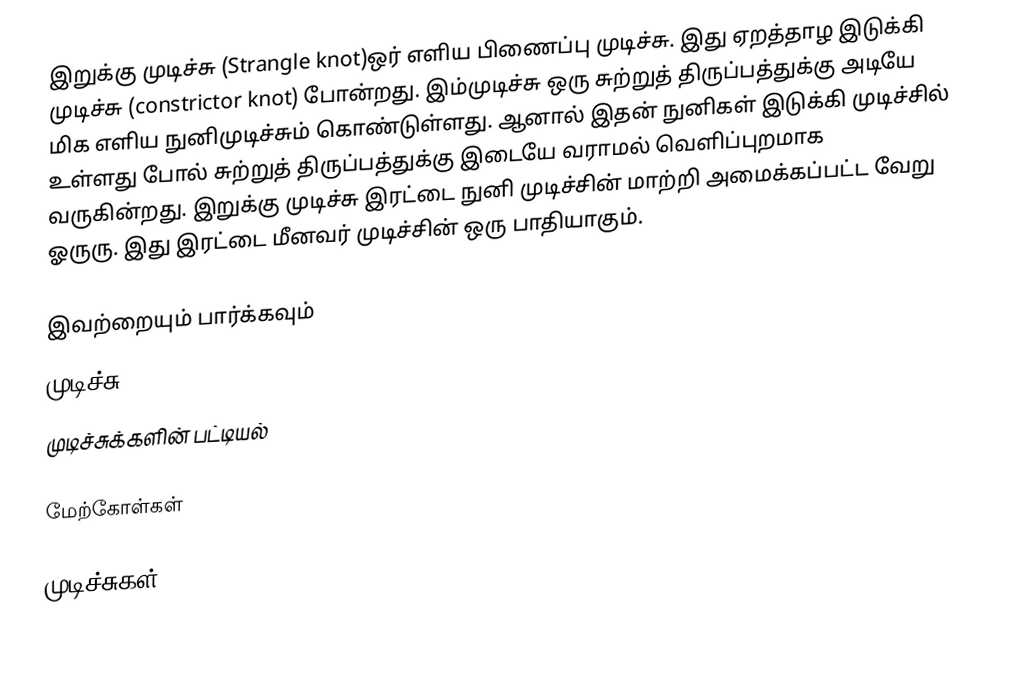
இறுக்கு முடிச்சு (Strangle knot)ஒர் எளிய பிணைப்பு முடிச்சு. இது ஏறத்தாழ இடுக்கி முடிச்சு (constrictor knot) போன்றது. இம்முடிச்சு ஒரு சுற்றுத் திருப்பத்துக்கு அடியே மிக எளிய நுனிமுடிச்சும் கொண்டுள்ளது. ஆனால் இதன் நுனிகள் இடுக்கி முடிச்சில் உள்ளது போல் சுற்றுத் திருப்பத்துக்கு இடையே வராமல் வெளிப்புறமாக வருகின்றது. இறுக்கு முடிச்சு இரட்டை நுனி முடிச்சின் மாற்றி அமைக்கப்பட்ட வேறு ஓருரு. இது இரட்டை மீனவர் முடிச்சின் ஒரு பாதியாகும்.

இவற்றையும் பார்க்கவும்
 முடிச்சு
 முடிச்சுக்களின் பட்டியல்

மேற்கோள்கள்

முடிச்சுகள்